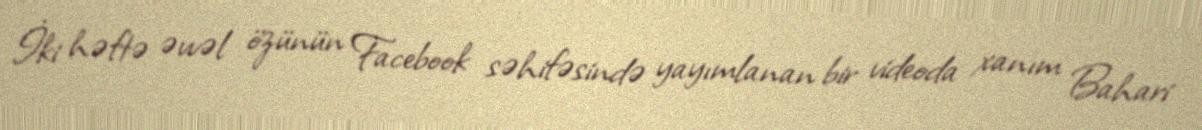
İki həftə əvvəl özünün Facebook səhifəsində yayımlanan bir videoda xanım Bahari